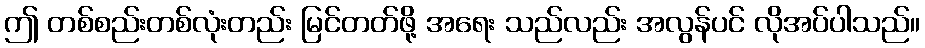
ဤ တစ်စည်းတစ်လုံးတည်း မြင်တတ်ဖို့ အရေး သည်လည်း အလွန်ပင် လိုအပ်ပါသည်။